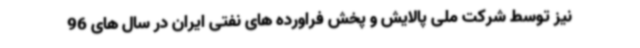
نیز توسط شرکت ملی پالایش و پخش فراورده های نفتی ایران در سال های 96